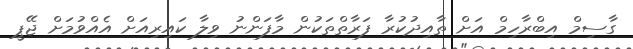
ގާސިމް އިބްރާހިމް އަށް ތާއިދުކުރާ ފަރާތްތަކުން މާފަންނު ވިލާ ކައިރިއަށް އެއްވުމަށް ޖޭޕީ